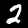
Label: 2